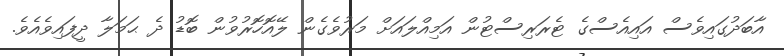
އާބަދުގައިވެސް އައިއެސްގެ ޓެރަރިސްޓުން އަމިއްލައަށް މަރުވެގެން ލޭއޮހޮރުވުން ބޮޑު ދެ ޙަމަލާ ދީފައިވެއެވެ.